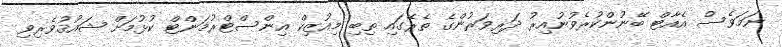
ނަމަވެސް އެއާޓް ބޭނުންކުރެވުނުއިރު ދަރިވަރުންގެ ތެރޭގައި ތިބި މިއުޒިކް އިންސްޓްރުމަންޓް ކުޅުމަށް ޝައުޤުވެރިވި